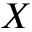
X